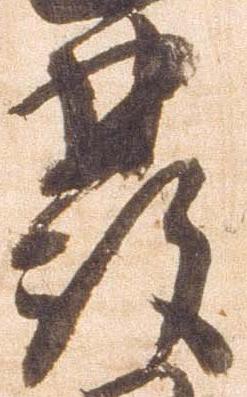
発